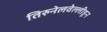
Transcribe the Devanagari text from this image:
तिरुनेलवेल्लीहून